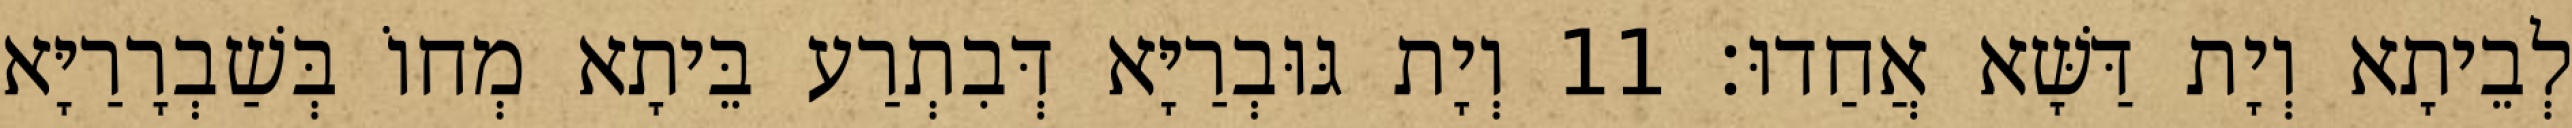
לְבֵיתָא וְיָת דַּשָּׁא אֲחַדוּ׃ 11 וְיָת גּוּבְרַיָּא דְּבִתְרַע בֵּיתָא מְחוֹ בְּשַׁבְרָרַיָּא